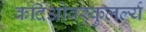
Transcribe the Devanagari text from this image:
कर्दिओवस्कुलर्ल्य